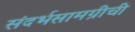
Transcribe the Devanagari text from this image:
संदर्भसामग्रीची